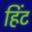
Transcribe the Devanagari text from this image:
हिंट